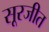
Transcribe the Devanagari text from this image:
सूरजीत